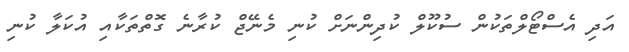
އަދި އެސްޓޯލްތަކުން ސުކޫލް ކުދިންނަށް ކުނި މެނޭޖް ކުރާނެ ގޮތްތަކާއި އުކަލާ ކުނި